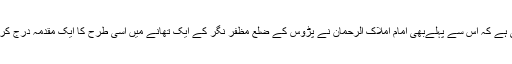
البتہ جانچ میں یہ بات بھی سامنے آئی ہے کہ اس سے پہلےبھی امام املاک الرحمان نے پڑوس کے ضلع مظفر نگر کے ایک تھانے میں اسی طرح کا ایک مقدمہ درج کرایا تھا جو کہ جانچ میں جھوٹا پایا تھا۔